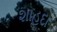
શાહદા